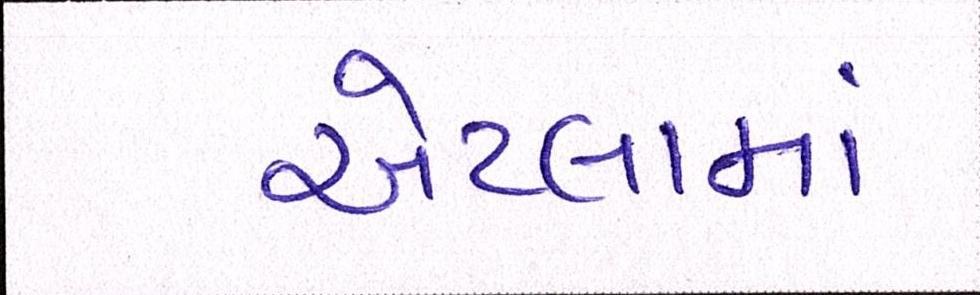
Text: એટલામાં